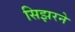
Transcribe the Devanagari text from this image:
सिझरने